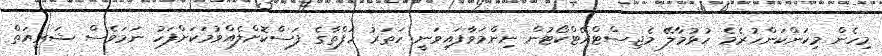
މިހެން މިކަންކަންހުރެމެ ހުޅުމާލޭ މެޖިސްޓްރޭޓްކޯޓުން ނިންމަވާފައިވަނީ ހަތަރު ހަފްތާގެ ފަސްކޮށްލެއްވުމަކަށްފަހު ނަމަވެސް ޝަރީއަތް